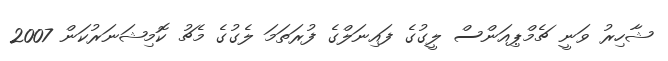
ޝާހިރު ވަނީ ޗެމްޕިއަންސް ލީގުގެ ފައިނަލްގެ ފުރަތަމަ ލެގުގެ މެޗު ކޮމިޝަނަރުކަން 2007